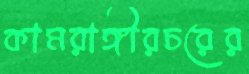
কামরাঙ্গীরচরের